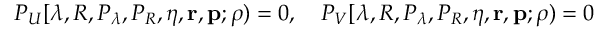
P _ { U } [ \lambda , R , P _ { \lambda } , P _ { R } , \eta , { \mathbf r } , { \mathbf p } ; \rho ) = 0 , \quad P _ { V } [ \lambda , R , P _ { \lambda } , P _ { R } , \eta , { \mathbf r } , { \mathbf p } ; \rho ) = 0